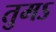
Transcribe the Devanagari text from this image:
तुमऽ